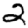
Digit: 2